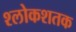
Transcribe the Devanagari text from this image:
श्लोकशतक